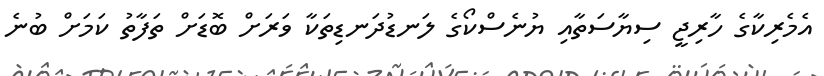
އެމެރިކާގެ ހާރިޖީ ސިޔާސަތާއި ޔުނެސްކޯގެ ލަނޑުދަނޑިތަކާ ވަރަށް ބޮޑަށް ތަފާތު ކަމަށް ބުނެ